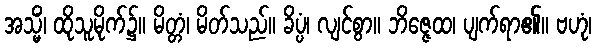
အသ္မိံ၊ ထိုသူမိုက်၌။ မိတ္တံ၊ မိတ်သည်။ ခိပ္ပံ၊ လျင်စွာ။ ဘိဇ္ဇေထ၊ ပျက်ရာ၏။ ဗဟုံ၊